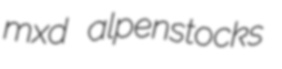
mxd alpenstocks